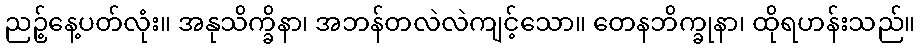
ညဉ့်နေ့ပတ်လုံး။ အနုသိက္ခိနာ၊ အဘန်တလဲလဲကျင့်သော။ တေနဘိက္ခုနာ၊ ထိုရဟန်းသည်။